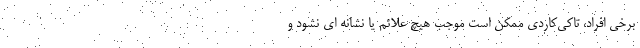
برخی افراد، تاکی‌کاردی ممکن است موجب هیچ علائم یا نشانه ای نشود و